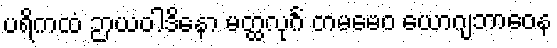
ပရိကထံ ဉာယဝါဒိနော မတ္ထလုင်္ဂံ တမမေဝ ယောဂျဘာဝေန